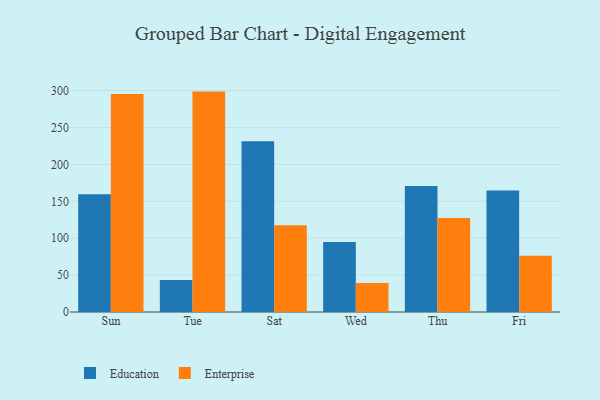
{"axis": {"x": "Day", "y": "Temperature (°C)"}, "legend": ["Education", "Enterprise"], "data": [{"x": "Sun", "y": 159.6, "type": "Education"}, {"x": "Sun", "y": 295.3, "type": "Enterprise"}, {"x": "Tue", "y": 43.4, "type": "Education"}, {"x": "Tue", "y": 298.7, "type": "Enterprise"}, {"x": "Sat", "y": 231.3, "type": "Education"}, {"x": "Sat", "y": 117.7, "type": "Enterprise"}, {"x": "Wed", "y": 95.0, "type": "Education"}, {"x": "Wed", "y": 39.4, "type": "Enterprise"}, {"x": "Thu", "y": 170.6, "type": "Education"}, {"x": "Thu", "y": 127.4, "type": "Enterprise"}, {"x": "Fri", "y": 164.5, "type": "Education"}, {"x": "Fri", "y": 76.2, "type": "Enterprise"}]}